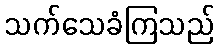
သက်သေခံကြသည်